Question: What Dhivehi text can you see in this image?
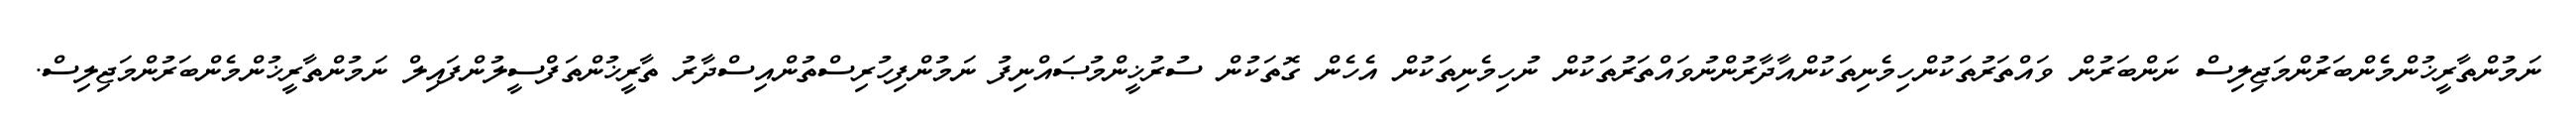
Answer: ނަމުންތާރީޚުންމެންބަރުންމަޖިލިސް ނަންބަރުން ވައްތަރުތަކުންހިމެނިތަކުންއާދާރުންނުވައްތަރުތަކުން ނުހިމެނިތަކުން އެހެން ގޮތަކުން ސުރުޚީންމުޞައްނިފު ނަމުންފިހުރިސްތުންއިސްދާރު ތާރީޚުންތަފްސީލުންފައިލް ނަމުންތާރީޚުންމެންބަރުންމަޖިލިސް.